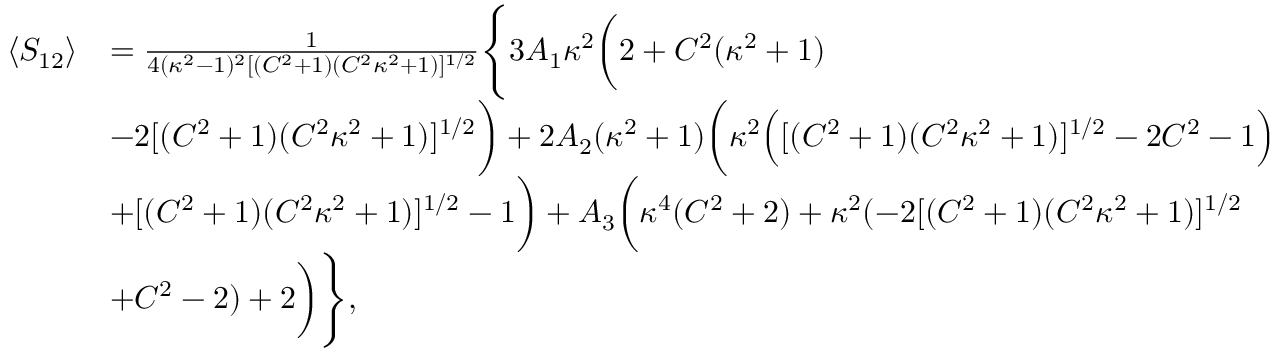
\begin{array} { r l } { \langle S _ { 1 2 } \rangle } & { = \frac { 1 } { 4 ( \kappa ^ { 2 } - 1 ) ^ { 2 } [ ( C ^ { 2 } + 1 ) ( C ^ { 2 } \kappa ^ { 2 } + 1 ) ] ^ { 1 / 2 } } \Bigg \{ 3 A _ { 1 } \kappa ^ { 2 } \bigg ( 2 + C ^ { 2 } ( \kappa ^ { 2 } + 1 ) } \\ & { - 2 [ ( C ^ { 2 } + 1 ) ( C ^ { 2 } \kappa ^ { 2 } + 1 ) ] ^ { 1 / 2 } \bigg ) + 2 A _ { 2 } ( \kappa ^ { 2 } + 1 ) \bigg ( \kappa ^ { 2 } \Big ( [ ( C ^ { 2 } + 1 ) ( C ^ { 2 } \kappa ^ { 2 } + 1 ) ] ^ { 1 / 2 } - 2 C ^ { 2 } - 1 \Big ) } \\ & { + [ ( C ^ { 2 } + 1 ) ( C ^ { 2 } \kappa ^ { 2 } + 1 ) ] ^ { 1 / 2 } - 1 \bigg ) + A _ { 3 } \bigg ( \kappa ^ { 4 } ( C ^ { 2 } + 2 ) + \kappa ^ { 2 } ( - 2 [ ( C ^ { 2 } + 1 ) ( C ^ { 2 } \kappa ^ { 2 } + 1 ) ] ^ { 1 / 2 } } \\ & { + C ^ { 2 } - 2 ) + 2 \bigg ) \Bigg \} , } \end{array}